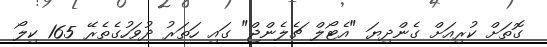
ގޮތަށް ކުރިއަށް ގެންދިޔަ "އެޓޯލް ޗެލެންޖް" ގައި ހަތަރު ދުވަހުގެތެރޭ 165 ކިލޯ